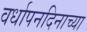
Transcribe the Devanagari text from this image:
वर्धापनदिनाच्या